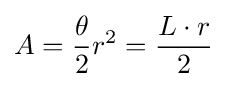
A={\frac {\theta }{2}}r^{2}={\frac {L\cdot r}{2}}\,\!